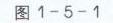
3. 如图所示，\(AG\)、\(DG\)、\(DF\)、\(EF\) 四条线段将 \(\mathrm{Rt}\triangle ABC\) 分成了面积相等的五个小三角形，若 \(AB:BC = 3:5\)，且 \(AG\) 比 \(CG\) 长 \(8\mathrm{cm}\)，求 \(\triangle ABC\) 的面积.